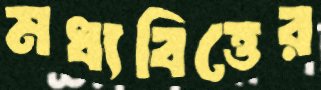
মধ্যবিত্তের